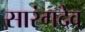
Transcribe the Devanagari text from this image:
सारंगदेव